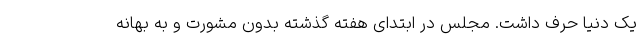
یک دنیا حرف داشت. مجلس در ابتدای هفته گذشته بدون مشورت و به بهانه